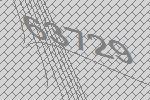
63729